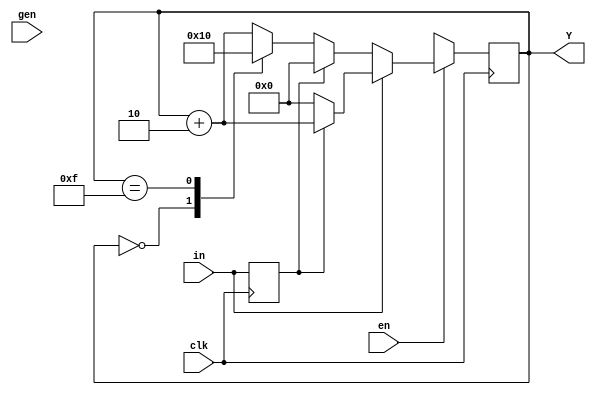
`timescale 1ns / 1ps
//////////////////////////////////////////////////////////////////////////////////
// Company: 
// Engineer: 
// 
// Design Name: 
// Module Name: pre_lab
// Project Name: 
// Target Devices: 
// Tool Versions: 
// Description: 
// 
// Dependencies: 
// 
// Revision:
// Revision 0.01 - File Created
// Additional Comments:
// 
//////////////////////////////////////////////////////////////////////////////////


module CKT(clk,en,gen,in,Y);

input clk, en, gen, in;
output reg [3:0] Y = 4'b0000;

reg in_prev ;

always@(posedge clk)
begin
if (en)
    begin
        if (in)
            begin
            if (!in_prev)
            Y <= 4'b0000;
            else
            Y <= Y + 4'b0010;
            end
        else
            begin
            if (in_prev)
            Y <= 4'b0000;
            else
                begin
                    case(Y)
                    4'b0000 : Y <= 4'b0001;
                    4'b1111 : Y <= 4'b0000;
                    default : Y <= Y + 4'b0010;
                    endcase
//                    if (Y == 4'b0000)
//                    Y <= 4'b0001;
//                    if (Y == 4'b1111)
//                    Y <= 4'b0000;
//                    else
//                    Y <= Y + 4'b0010;
                end
            end
    end
else
    Y<= 4'bXXXX;

in_prev <= in;
end

endmodule